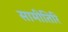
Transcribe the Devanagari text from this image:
सामीतिरि